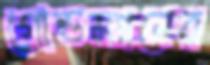
গোল্ডম্যানের